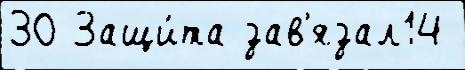
30 Защи́та зав'язал14